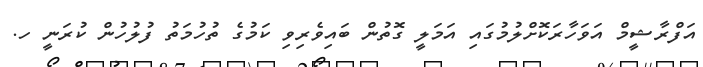
އަފްރާޝީމް އަވަހާރަކޮށްލުމުގައި އަމަލީ ގޮތުން ބައިވެރިވި ކަމުގެ ތުހުމަތު ފުލުހުން ކުރަނީ ހ.